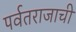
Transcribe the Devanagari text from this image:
पर्वतराजाची